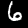
Digit: 6